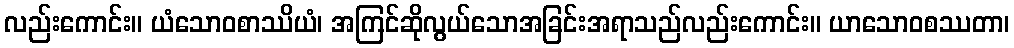
လည်းကောင်း။ ယံသောဝစာဿိယံ၊ အကြင်ဆိုလွယ်သောအခြင်းအရာသည်လည်းကောင်း။ ယာသောဝစဿတာ၊